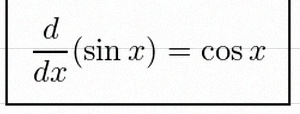
\frac{d}{dx}(\sin x)=\cos x